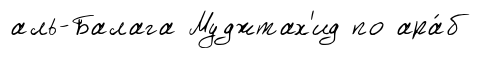
аль-Балага Муджтах'ид по ара́б